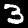
Label: 3